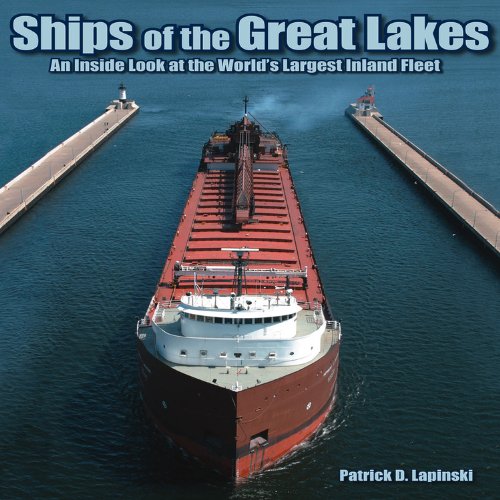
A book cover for Ships of the Great Lakes: An Inside Look at the World's Largest Inland Fleet; Patrick D. Lapinski; Arts & Photography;